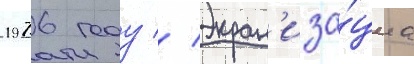
1976 году // Экран'иза́циа